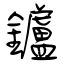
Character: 鑪